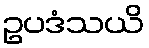
ဥပဒံသယိ